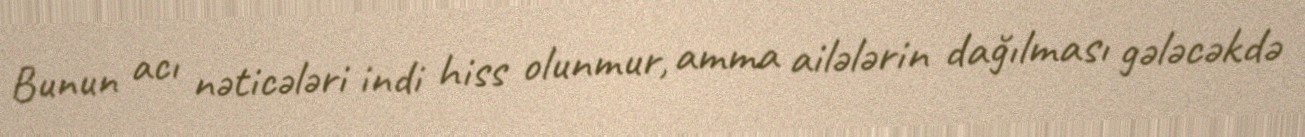
Bunun acı nəticələri indi hiss olunmur, amma ailələrin dağılması gələcəkdə